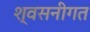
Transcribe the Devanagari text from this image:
श्वसनीगत